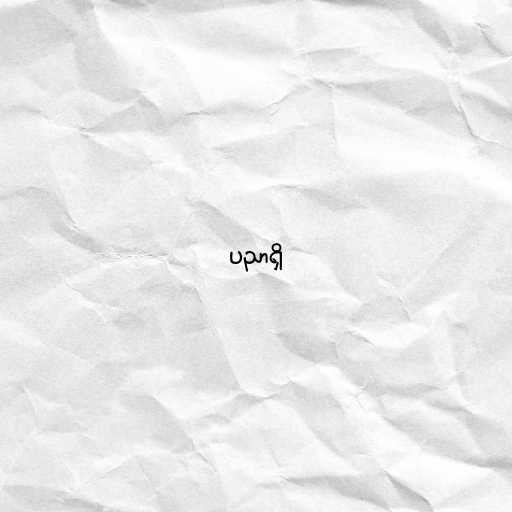
ပညာရှိ